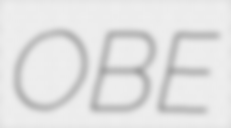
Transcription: OBE